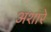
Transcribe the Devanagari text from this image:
अशारे